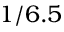
1 / 6 . 5